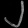
Digit: ၂